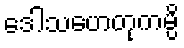
ဒေါသဟေတုကမ္ပိ